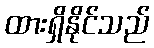
ထားရှိနိုင်သည်